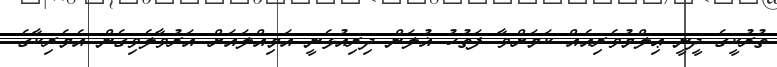
ތުރުކީގެ ދީނީ ޢިލްމުވެރިއެއް ކަމަށްވާ ފަތުހު ޣުލަން ދިރިއުޅެނީ އަމިއްލައަށް އަރުވާލެވިގެން އެމެރިކާގެ